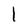
Character: l